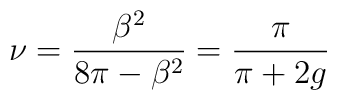
\nu =\frac{\beta ^{2}}{8\pi -\beta ^{2}}=\frac{\pi }{\pi +2g}